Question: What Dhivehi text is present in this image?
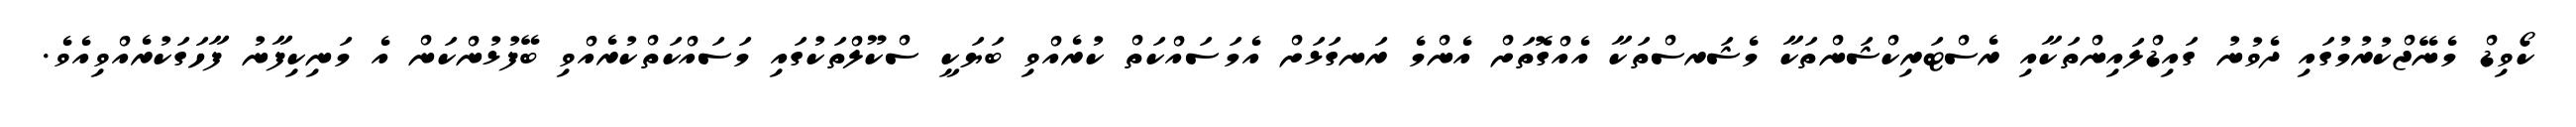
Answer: ކޯވިޑް މެނޭޖްކުރުމުގައި ދެވުނު ގައިޑްލައިންތަކާއި ރެސްޓަރިކްޝަންތަކާ މެޝަރސްތަކާ އެއްގޮތަށް އެންމެ ރަނގަޅަށް އެމަސައްކަތް ކުރެއްވި ބަޔަކީ ސްކޫލްތަކުގައި މަސައްކަތްކުރެއްވި ބޭފުޅުންކަން އެ މަނިކިފާނު ފާހަގަކުރެއްވިއެވެ.